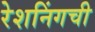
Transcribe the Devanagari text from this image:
रेशनिंगची